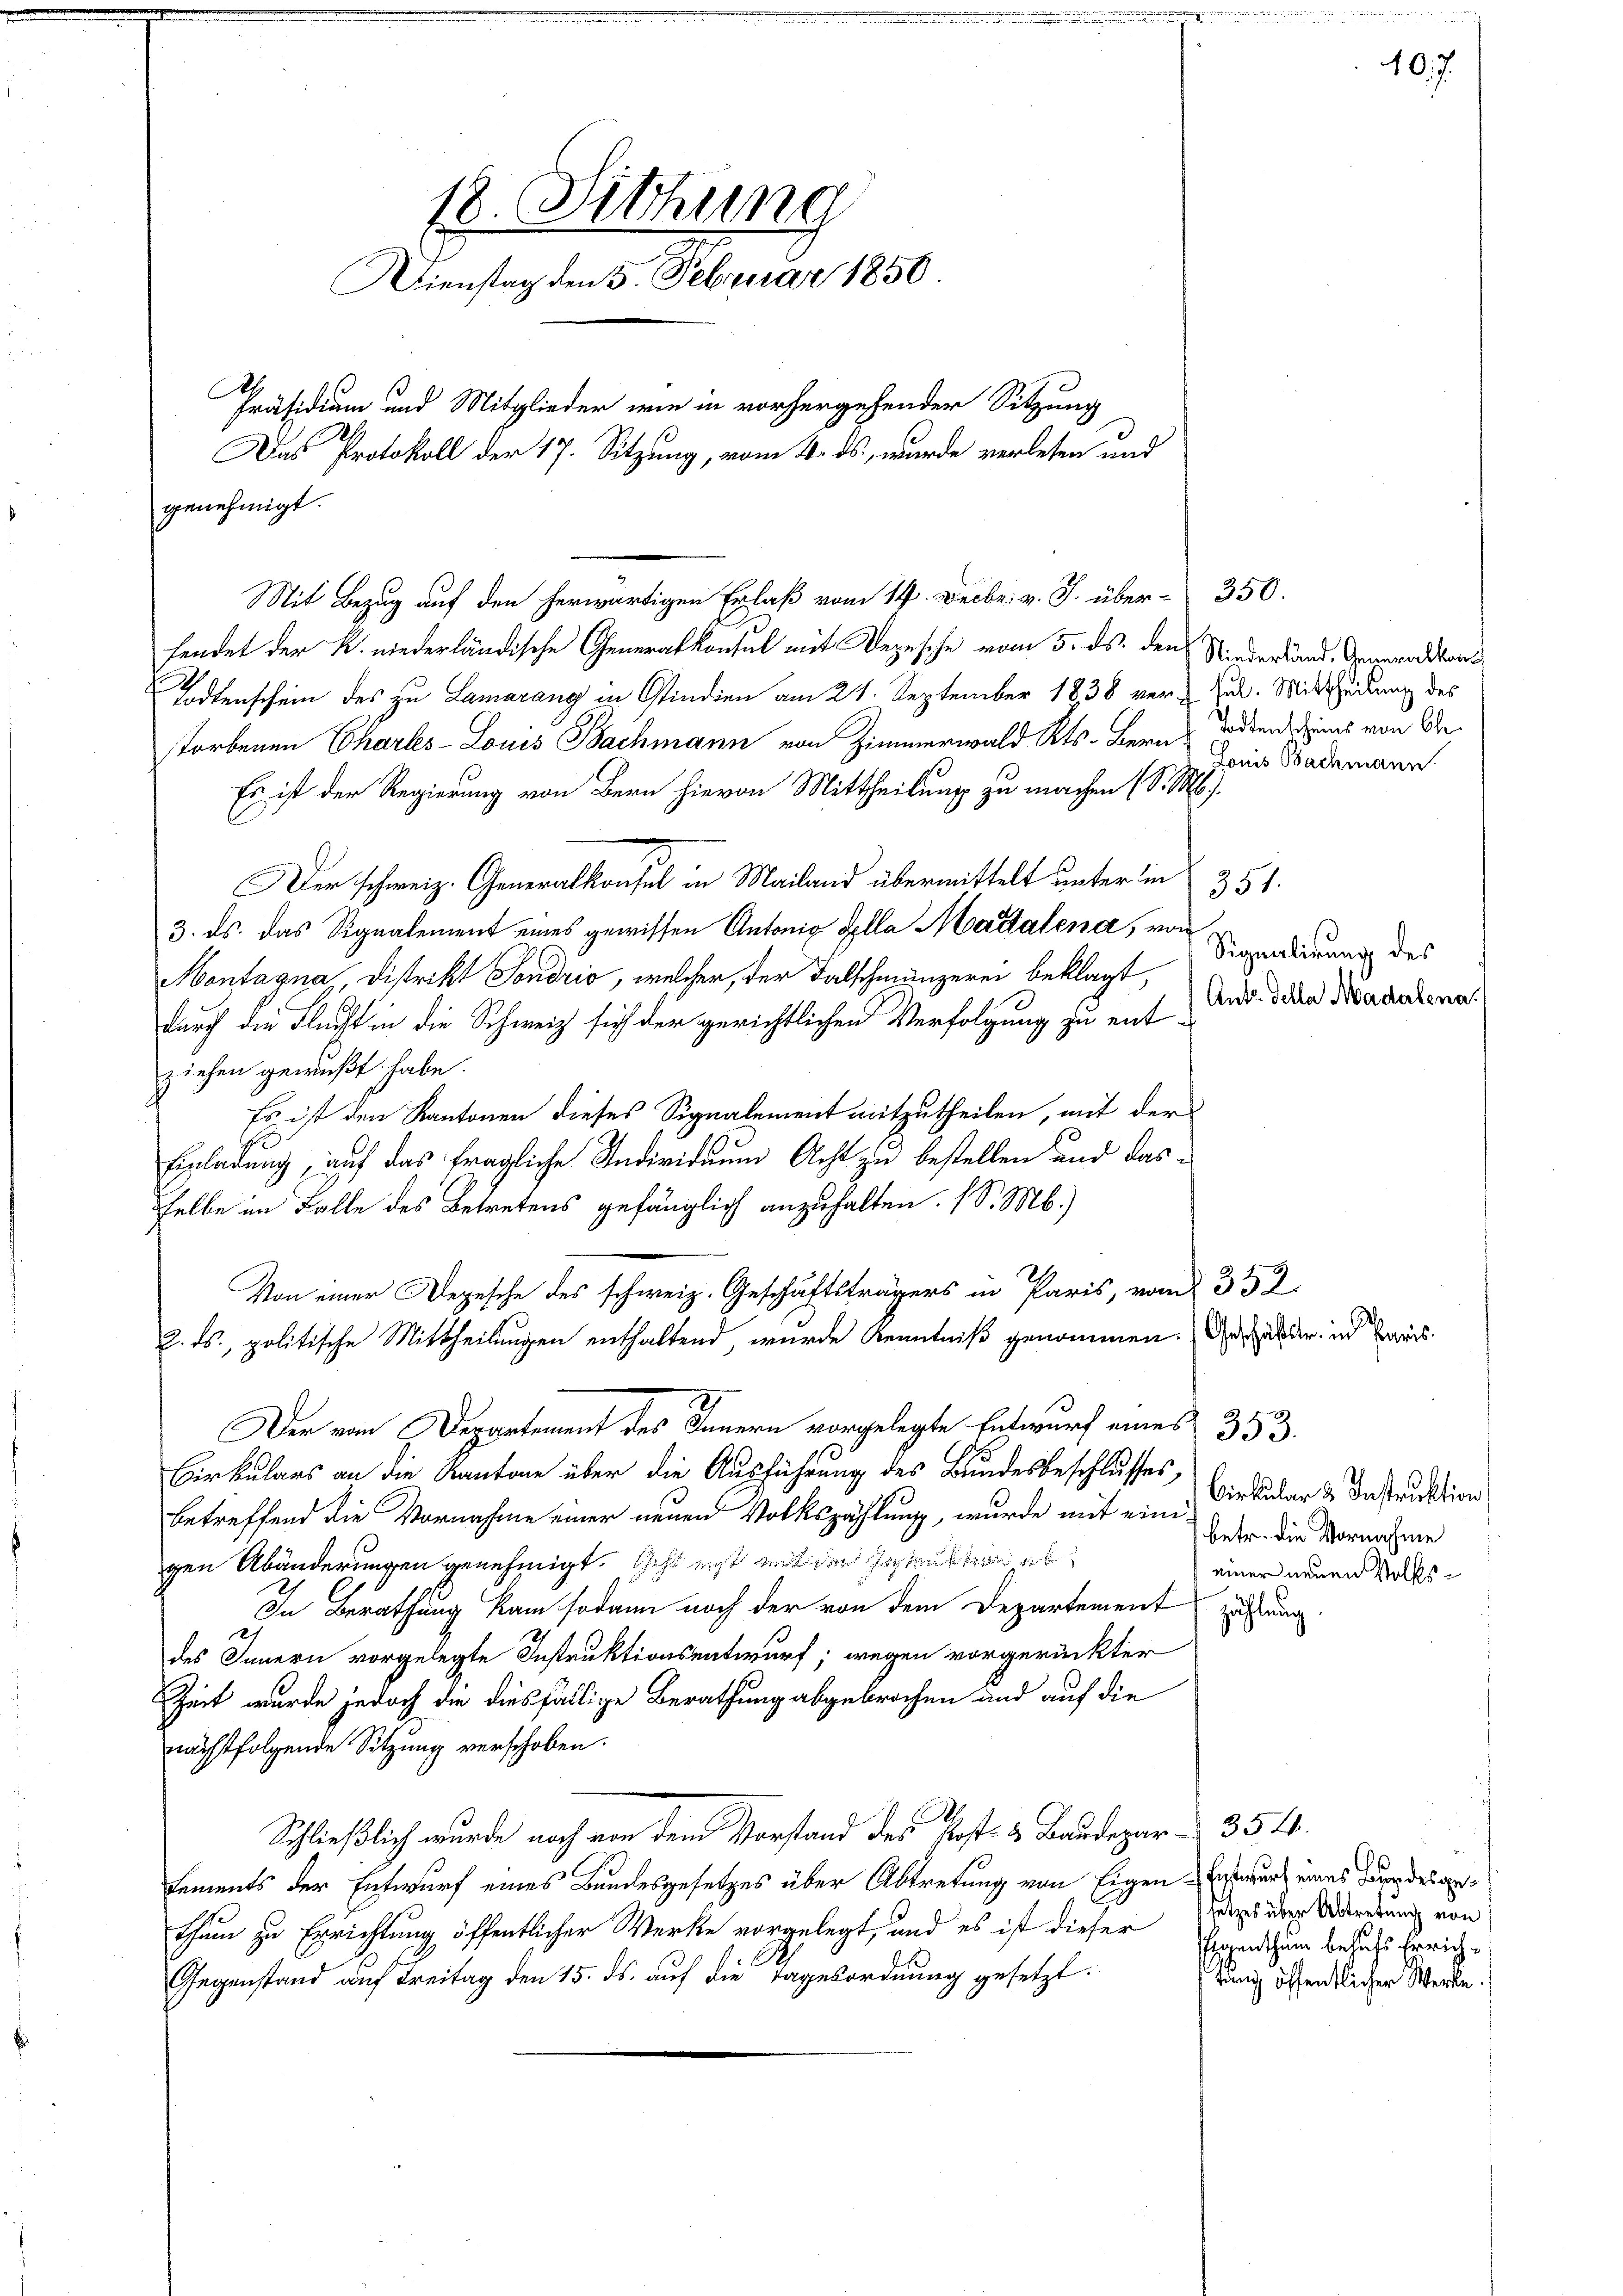
18. Fichung
Dienstag den 5. Februar 1850.
Präsidium und Mitglieder wie in vorhergehender Sitzung
Das Protokoll der 17. Sitzung, vom 4. ds., wurde verlesen und
genehmigt.

Mit Bezug auf den herwärtigen Erlaß vom 14. Decbr. v. J. über 350.
fendet der K. niederländische Generalkontal mit Depesche vom 5. ds. den Niederland. Generalstan¬
Todtenschein des zu Lamarang in Stindien am 21. September 1838 ver-Zul. Mittheilung des
storbenen Charles-Louis Bachmann von Zimmerwald Kts. Bern Todten Zins von Be¬
Es ist der Regierung von Bern hievon Mittheilung zu machen (S. M.
Der schweiz. Generalkonsul in Mailand übermittelt unter di
3. ds. das Signalement eines gewissen Antonig Sella Madalena, von
Montagna Distrikt Sondrio, welcher, der Falschmunzerei beklagt,
durch die Flucht in die Schweiz sich der gerichtlichen Verfolgung zu ent-
ziehen gewußt habe.
Es ist den Kantonen dieses Signalement mitzutheilen, mit der
Einladung, auf das fragliche Individuum Acht zu bestellen und das
selbe im Falle des Betretens gefänglich anzuhalten. (S. M.)
.Geschaft in Paris, von 32.
2. ds., politische Mittheilungen enthaltend, wurde Kenntniß genommen. Das ab der in Baars
Der von Departement des Innern vorgelegte Entwurf eines 353.
Cirkulars an die Kantone über die Ausführung des Bundesbeschlusses,
betreffend die Vornahme einer neuen Volkszählung, wurde mit eine Circular & Instruktion
gen Abänderungen genehmigt. Geht erst mit der Inhaben ab
In Berathung kam sodann noch der von dem Departement zu un
des Innern vorgelegte Instruktionsentwurf, wegen vorgerückter
Zeit wurde jedoch die diesfällige Berathung abgebrochen und auf die
nächstfolgende Sitzung verschoben.
Schließlich wurde noch von dem Vorstand des Post- & Baudepar- 354.
Lements der Entwurf eines Bundesgesetzes über Abtretung von Eigen Entwurf eines Bier des gethum zu Errichtung öffentlicher Werke vorgelegt, und es ist dieser
Gegenstand auf Dreitag den 15. ds. auf die Tagesordnung gesetzt.

Louis Bachmann

351.
Signalirung des
Ants della Madalena.

10.7.

betr. die Vornahme
einer neuen Volks¬

C
setzes über Abtretung von
Eigenthum besuchs Errichtung öffentlicher Werke.